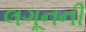
લગૂનની